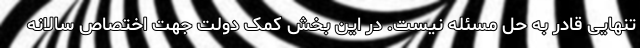
تنهایی قادر به حل مسئله نیست. در این بخش کمک دولت جهت اختصاص سالانه